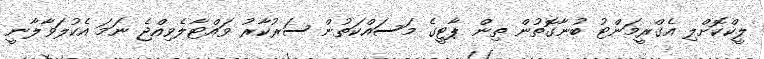
ލީކްކޮށްލި އެގްރީމަންޓު ބުނާގޮތުން ތިން ޕާޓީގެ މަސައްކަތުން ސަރުކާރު ވައްޓާލެވިއްޖެ ނަމަ އެކުލަވާލާނީ